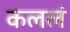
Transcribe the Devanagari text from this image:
कललं